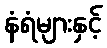
နံရံများနှင့်